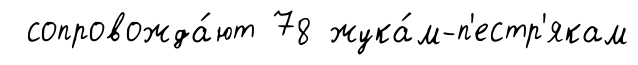
сопровожда́ют 78 жука́м-п'естр'якам